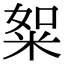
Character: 𥹡